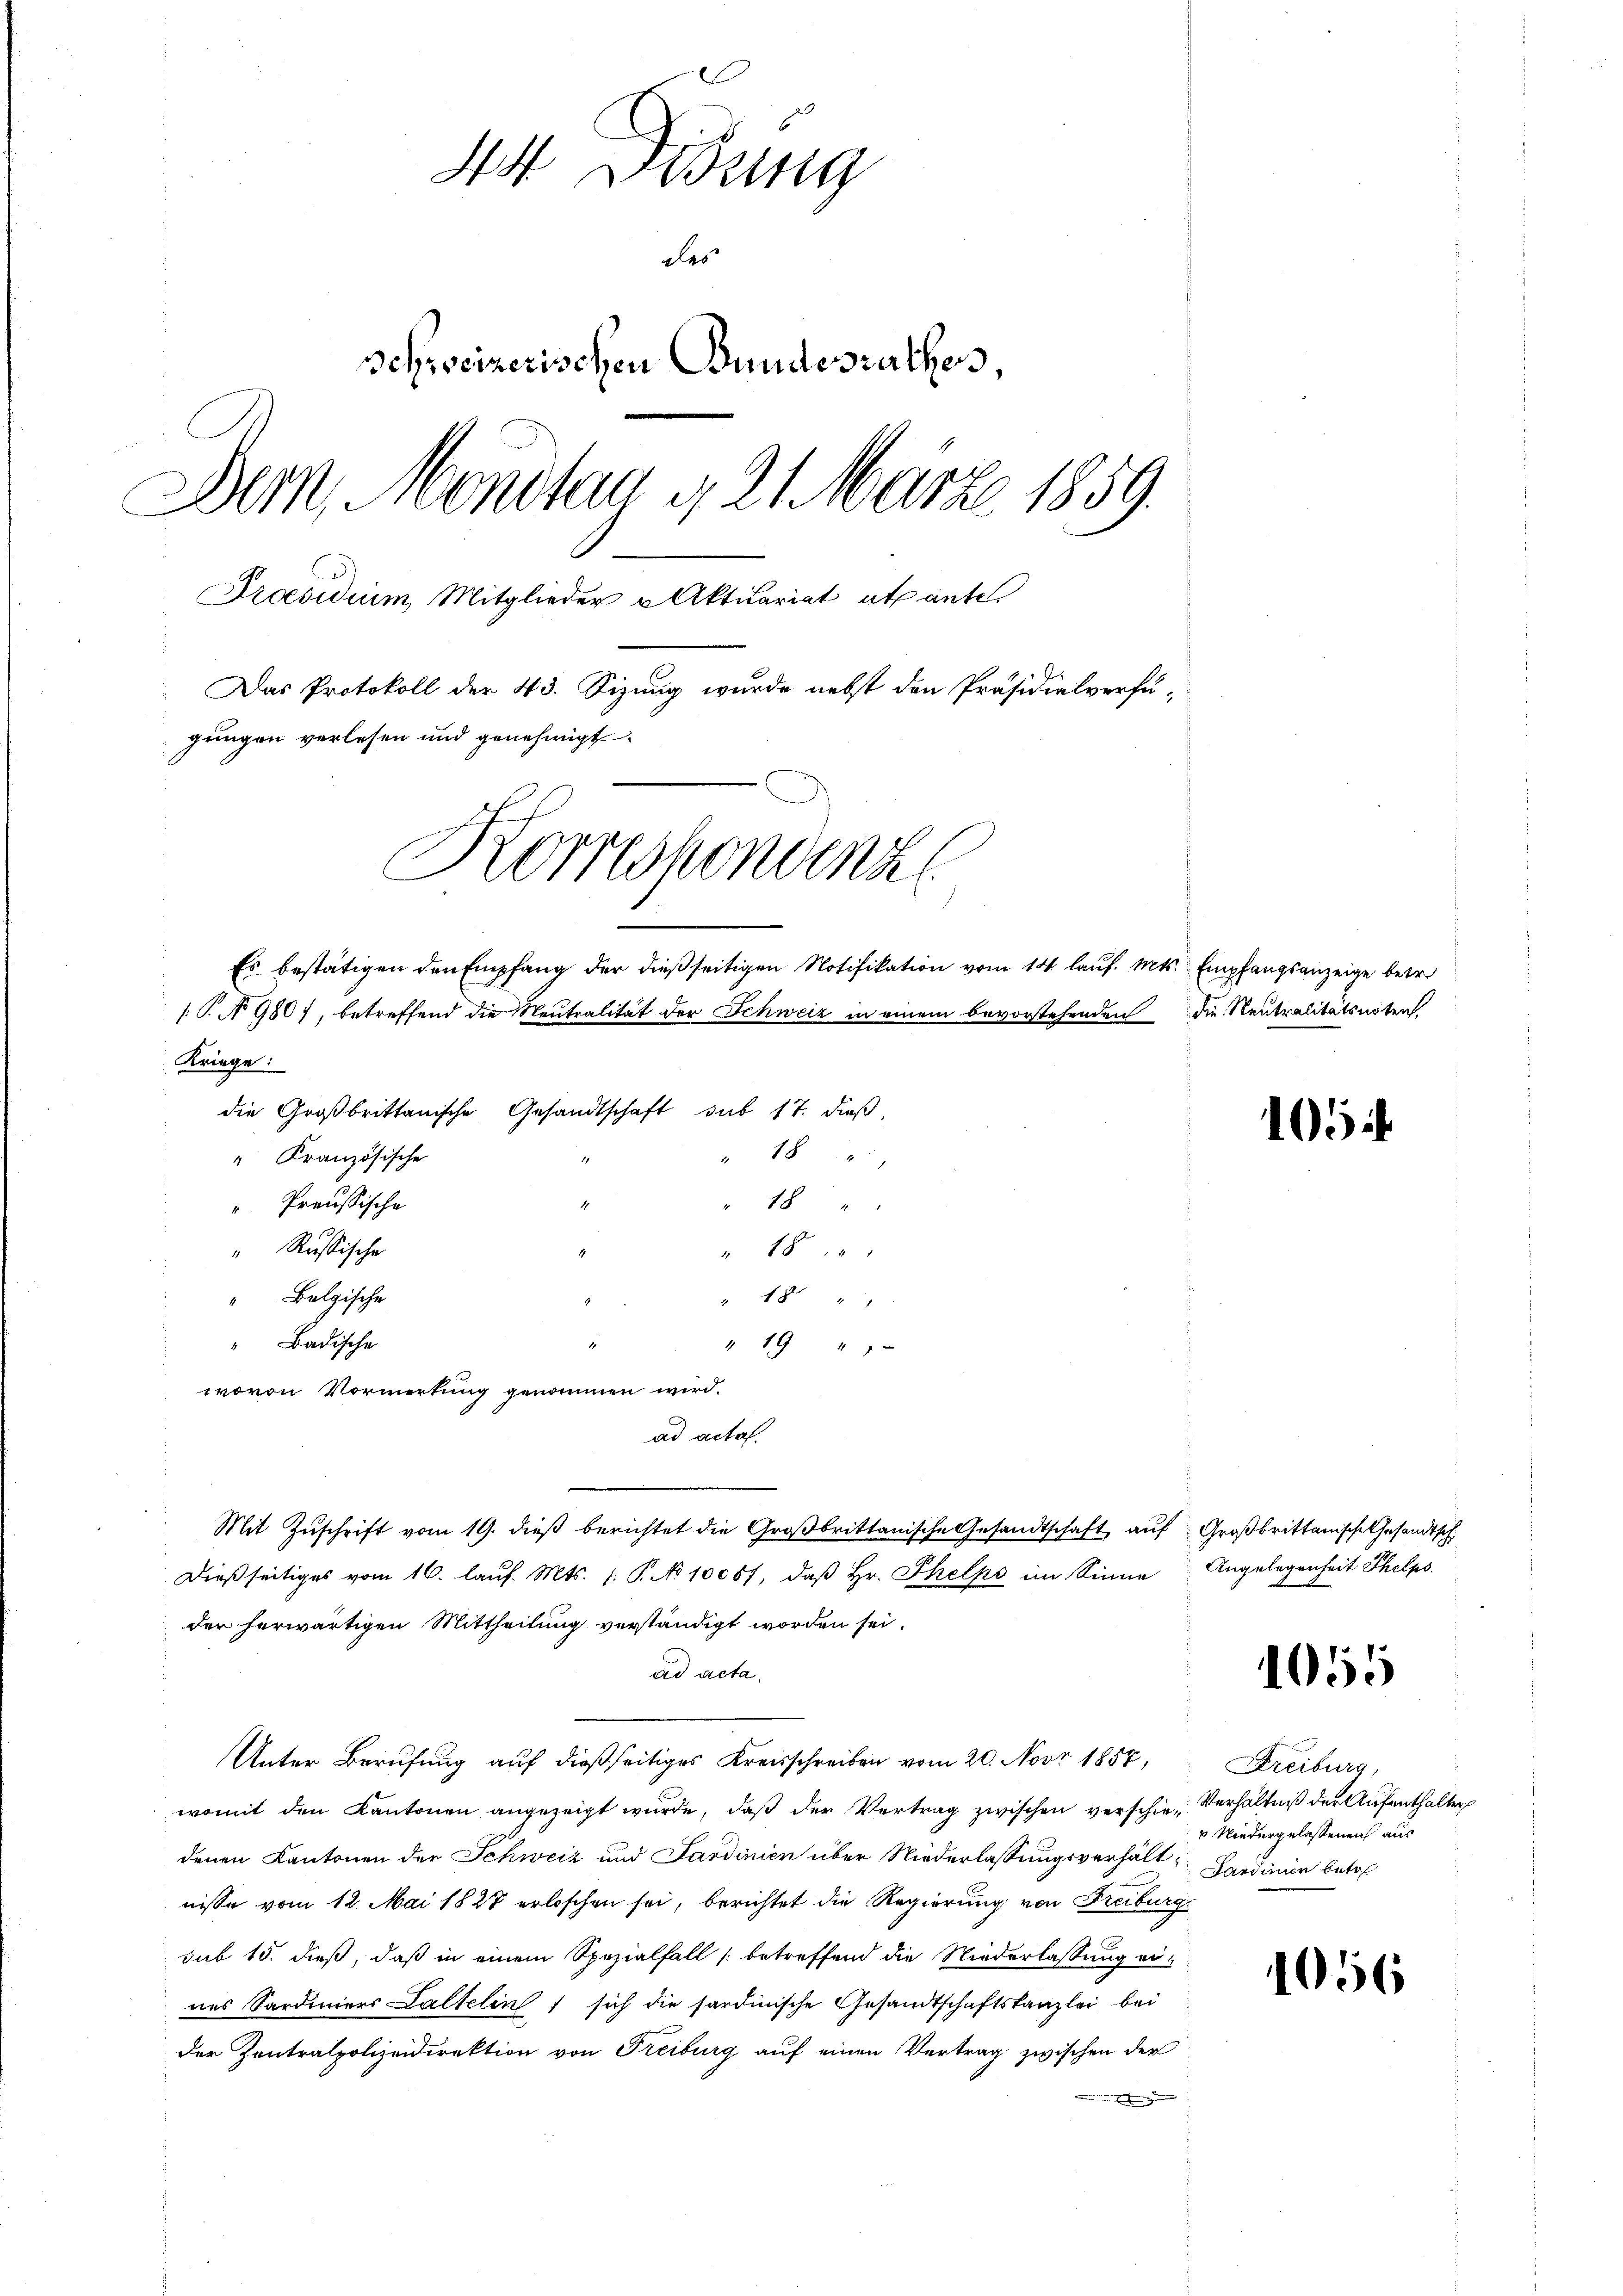
A Didung
des
schweizerischen Bundesrathess,
Dem Montan g 21 März 1859.
Praesidium, Mitglieder Aktuariat etcante.
Das Protokoll der 43. Sizung wurde nebst den Präsidialverfügungen verlesen und genehmigt.
Korrespondenz
Es bestätigen den Empfang der dießseitigen Notifikation vom 14 lauf. Mts. Empfangsanzeige betr.
[.P. N. 980), betreffend die Neutralität der Schweiz in einem bevorstehenden die Neutralitätsnoten,

Kriege:
die Großbrittanische Gesandtschaft sub 17. dieß,
18
“ Kranzösische
18 "
"Preussische
" Russische
 18
Belgische
18 "
"Badische
1
" 19 " "
wovon Vormerkung genommen wird.
Mit Zŭschrift vom 19. dieß berichtet die Großbrittanische Gesandtschaft auf Großbrittanische Gesandtsch
Dießseitiges vom 16. laŭf. Mts. 1. P. No 10087, daβ hr. Thelpe im Sinne
der herwärtigen Mittheilung verständigt worden sei.
ad acta.
Unter Berufung auf dießseitiges Kreisschreiben vom 20. Nov. 1857,
womit den Kantonen angezeigt wurde, daß der Vertrag zwischen verschie-Verhältniß der Aufenthalter
denen Kantonen der Schweiz und Sardinien über Niederlassungsverhält, Sardinien betre
nisse vom 12. Mai 1827 erloschen sei, berichtet die Regierung von Freiburg
sub 15. dieß, daß in einem Spezialfall (betreffend die Niederlassung eines Sardiniers Kaltelin sich die sardinische Gesandtschaftskanzlei bei
der Zentralpolizeidirektion von Freiburg auf einen Vertrag zwischen der
ge

ad acta

105.

Angelegenheit Thelps.

1055

Freiburg,
u Niedergelassenen aus

1056